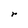
Character: r